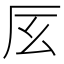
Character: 㕄